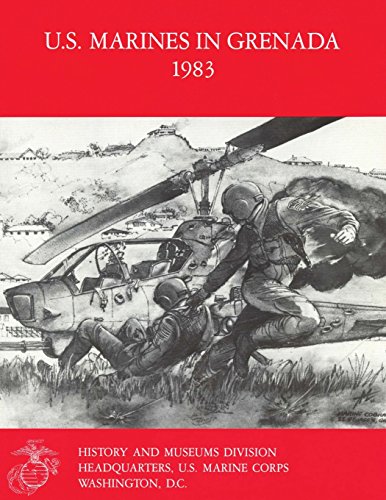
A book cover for U.S. Marines in Grenada, 1983; USMCR, Lieutenant Colonel Ronald H. Spector; History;